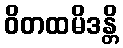
ဝိတထမိဒန္တိ